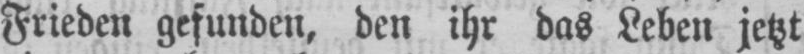
Frieden gefunden, den ihr das Leben jetzt